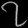
Digit: ၇